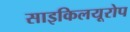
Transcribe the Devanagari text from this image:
साइकिलयूरोप